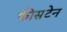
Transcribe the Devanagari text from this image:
फीसटेन